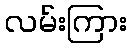
လမ်းကြား